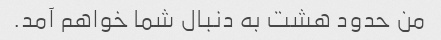
من حدود هشت به دنبال شما خواهم آمد.